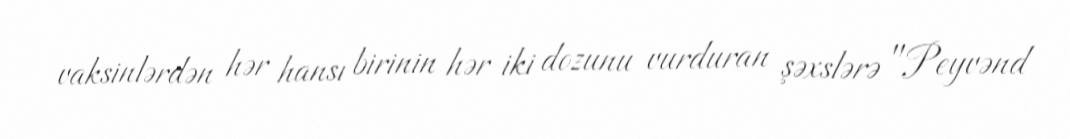
vaksinlərdən hər hansı birinin hər iki dozunu vurduran şəxslərə "Peyvənd